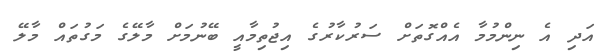
އަދި އެ ނިންމުމާ އެއްގޮތަށް ސަރުކާރުގެ އިޖުތިމާއީ ބޭނުމަށް މާލޭގެ މަގުތައް މާލޭ